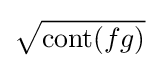
{\sqrt {\operatorname {cont} (fg)}}